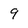
Character: 9